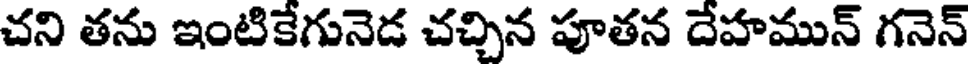
చని తను ఇంటికేగునెడ చచ్చిన పూతన దేహమున్ గనెన్